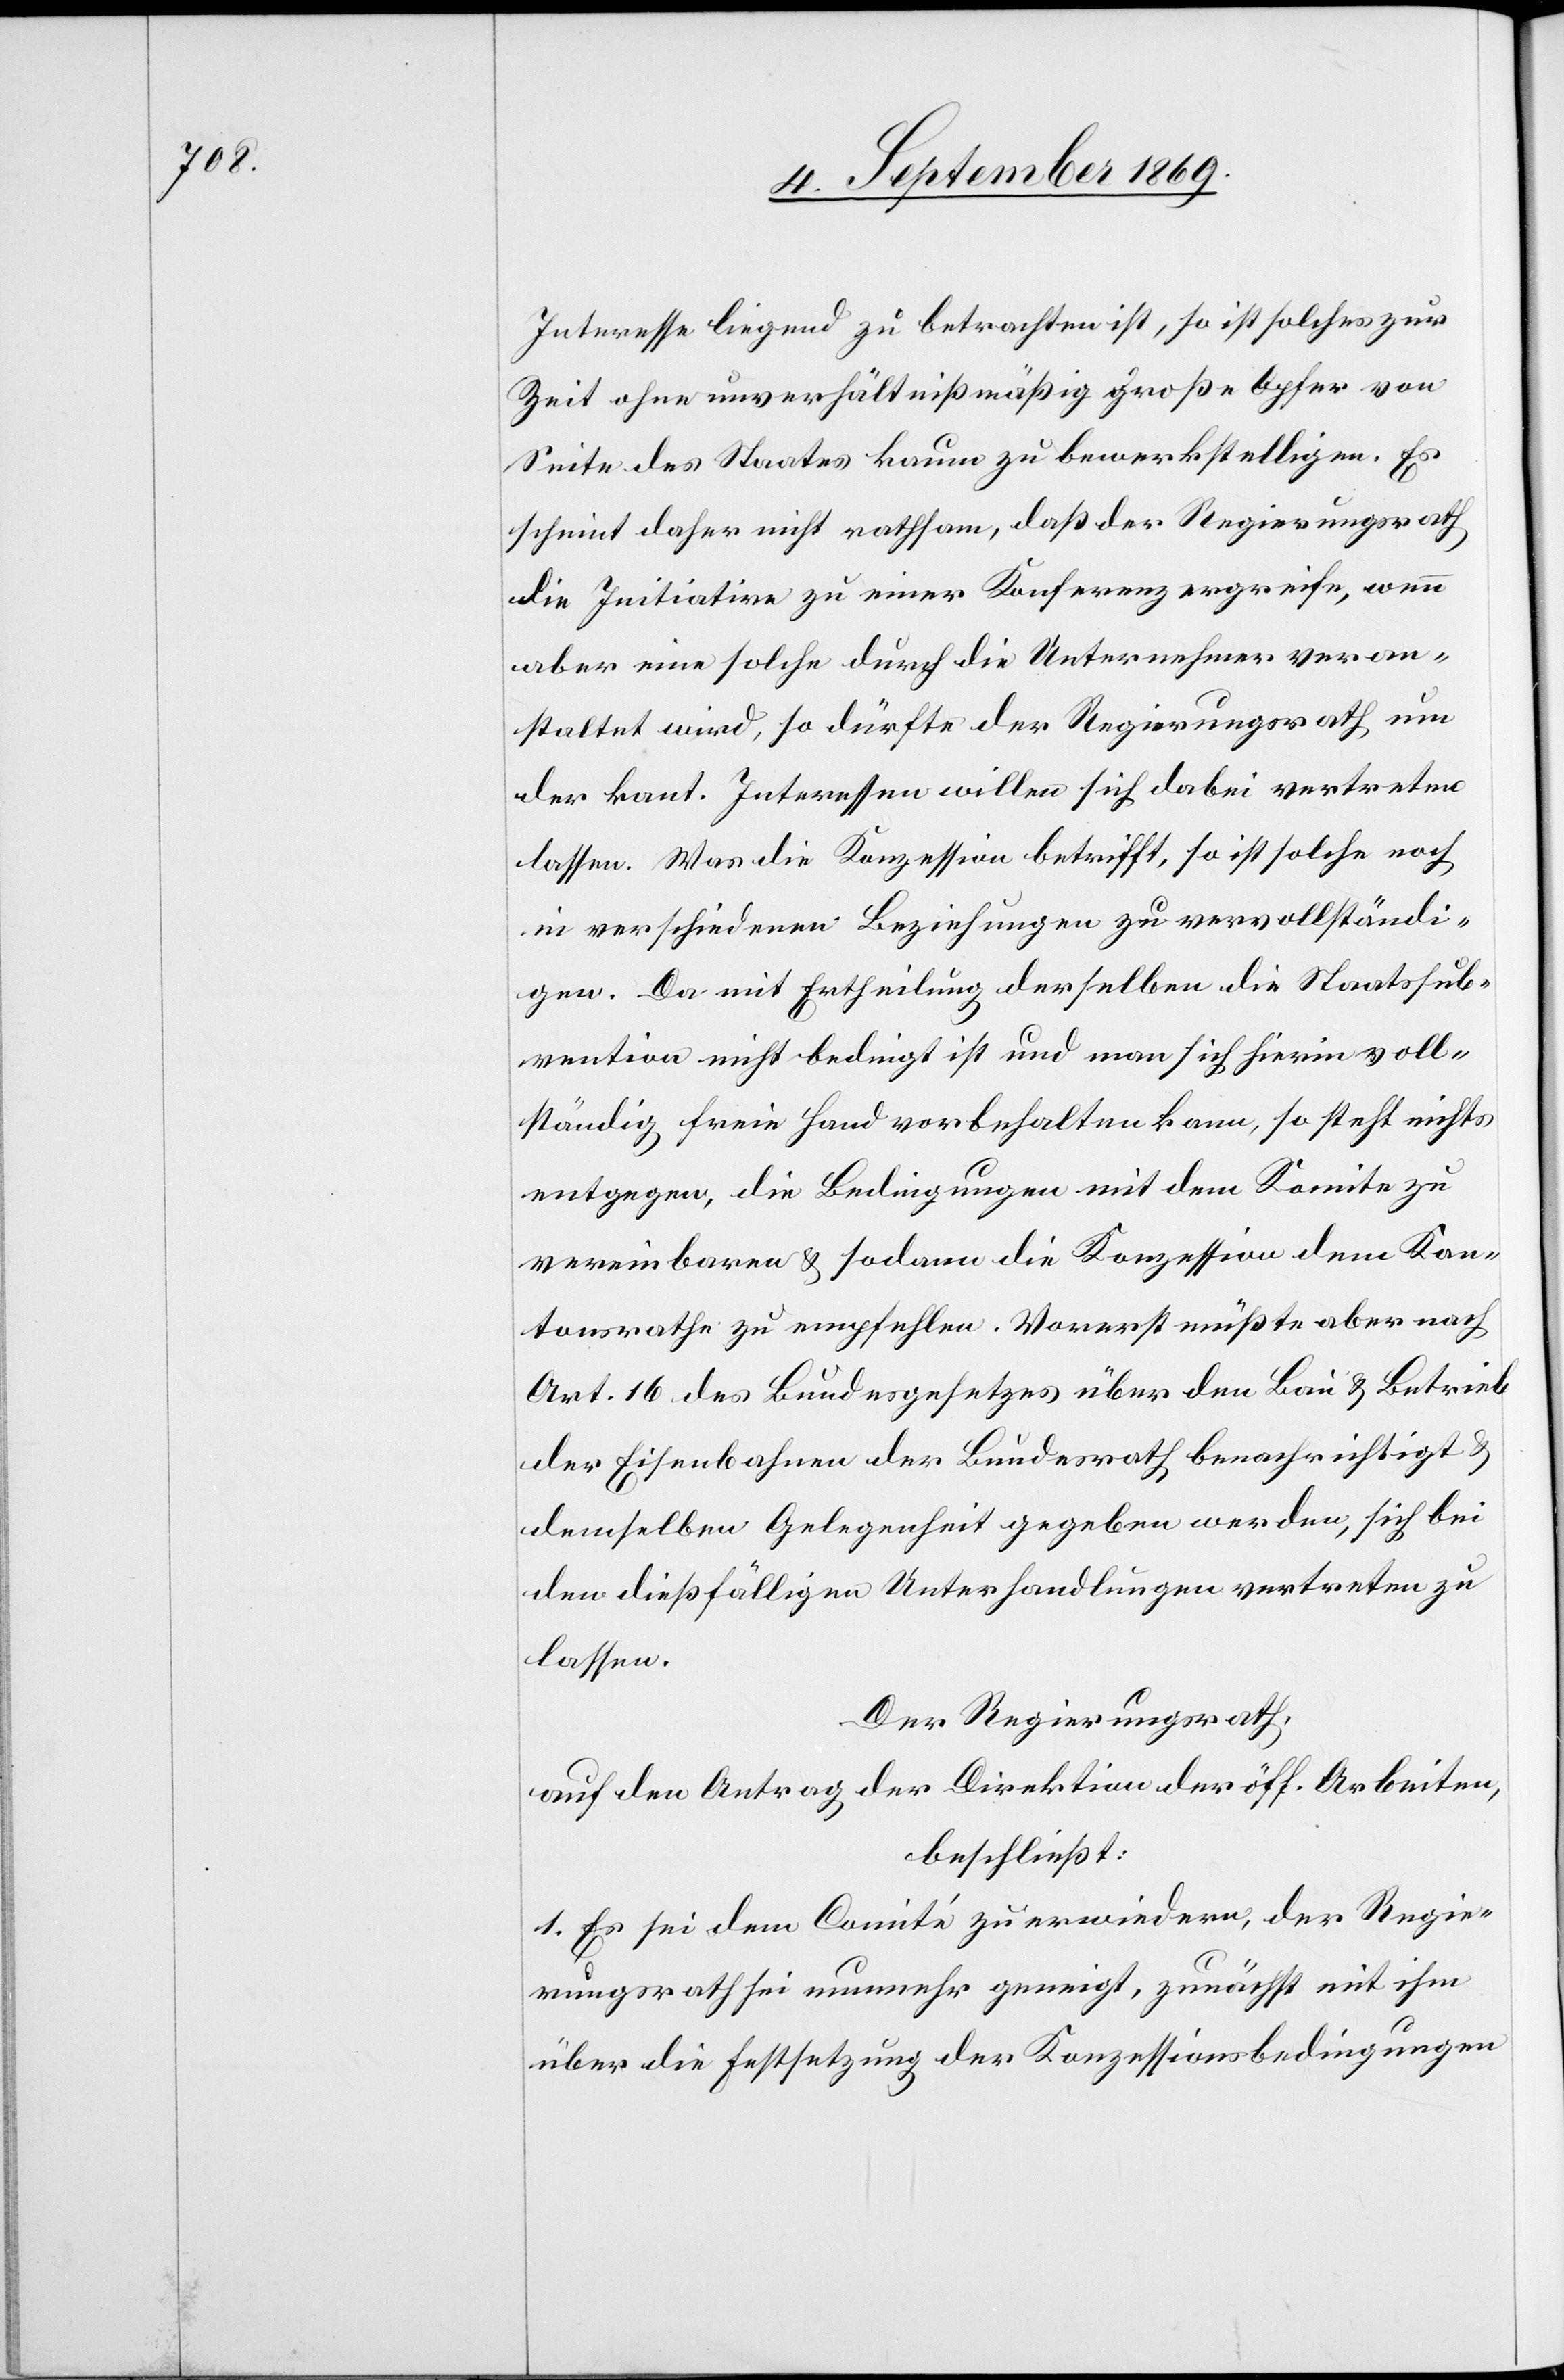
Interesse liegend zu betrachten ist, so ist solches zur
Zeit ohne unverhältnißmäßig große Opfer von
Seite des Staates kaum zu bewerkstelligen. Es
scheint daher nicht rathsam, daß der Regierungsrath
die Initiative zu einer Konferenz ergreife, wenn
aber eine solche durch die Unternehmer veran¬
staltet wird, so dürfte der Regierungsrath um
der kant. Interessen willen sich dabei vertreten
lassen. Was die Konzession betrifft, so ist solche noch
in verschiedenen Beziehungen zu vervollständi¬
gen. Da mit Ertheilung derselben die Staatssub¬
vention nicht bedingt ist und man sich hierin voll¬
ständig freie Hand vorbehalten kann, so steht nichts
entgegen, die Bedingungen mit dem Komite zu
vereinbaren & sodann die Konzession dem Kan¬
tonsrathe zu empfehlen. Vorerst müßte aber nach
Art. 16 des Bundesgesetzes über den Bau & Betrieb
der Eisenbahnen der Bundesrath benachrichtigt &
demselben Gelegenheit gegeben werden, sich bei
den dießfälligen Unterhandlungen vertreten zu
lassen.
Der Regierungsrath,
auf den Antrag der Direktion der öff. Arbeiten,
beschließt:
1. Es sei dem Comité zu erwiedern, der Regie¬
rungsrath sei nunmehr geneigt, zunächst mit ihm
über die Festsetzung der Konzessionsbedingungen